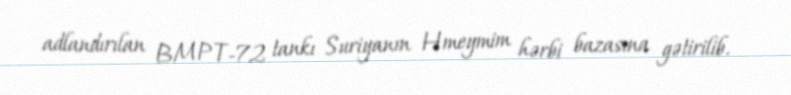
adlandırılan BMPT-72 tankı Suriyanın Hmeymim hərbi bazasına gətirilib.